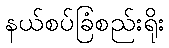
နယ်စပ်ခြံစည်းရိုး